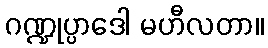
ဂဏ္ဍုပ္ပာဒေါ မဟီလတာ။